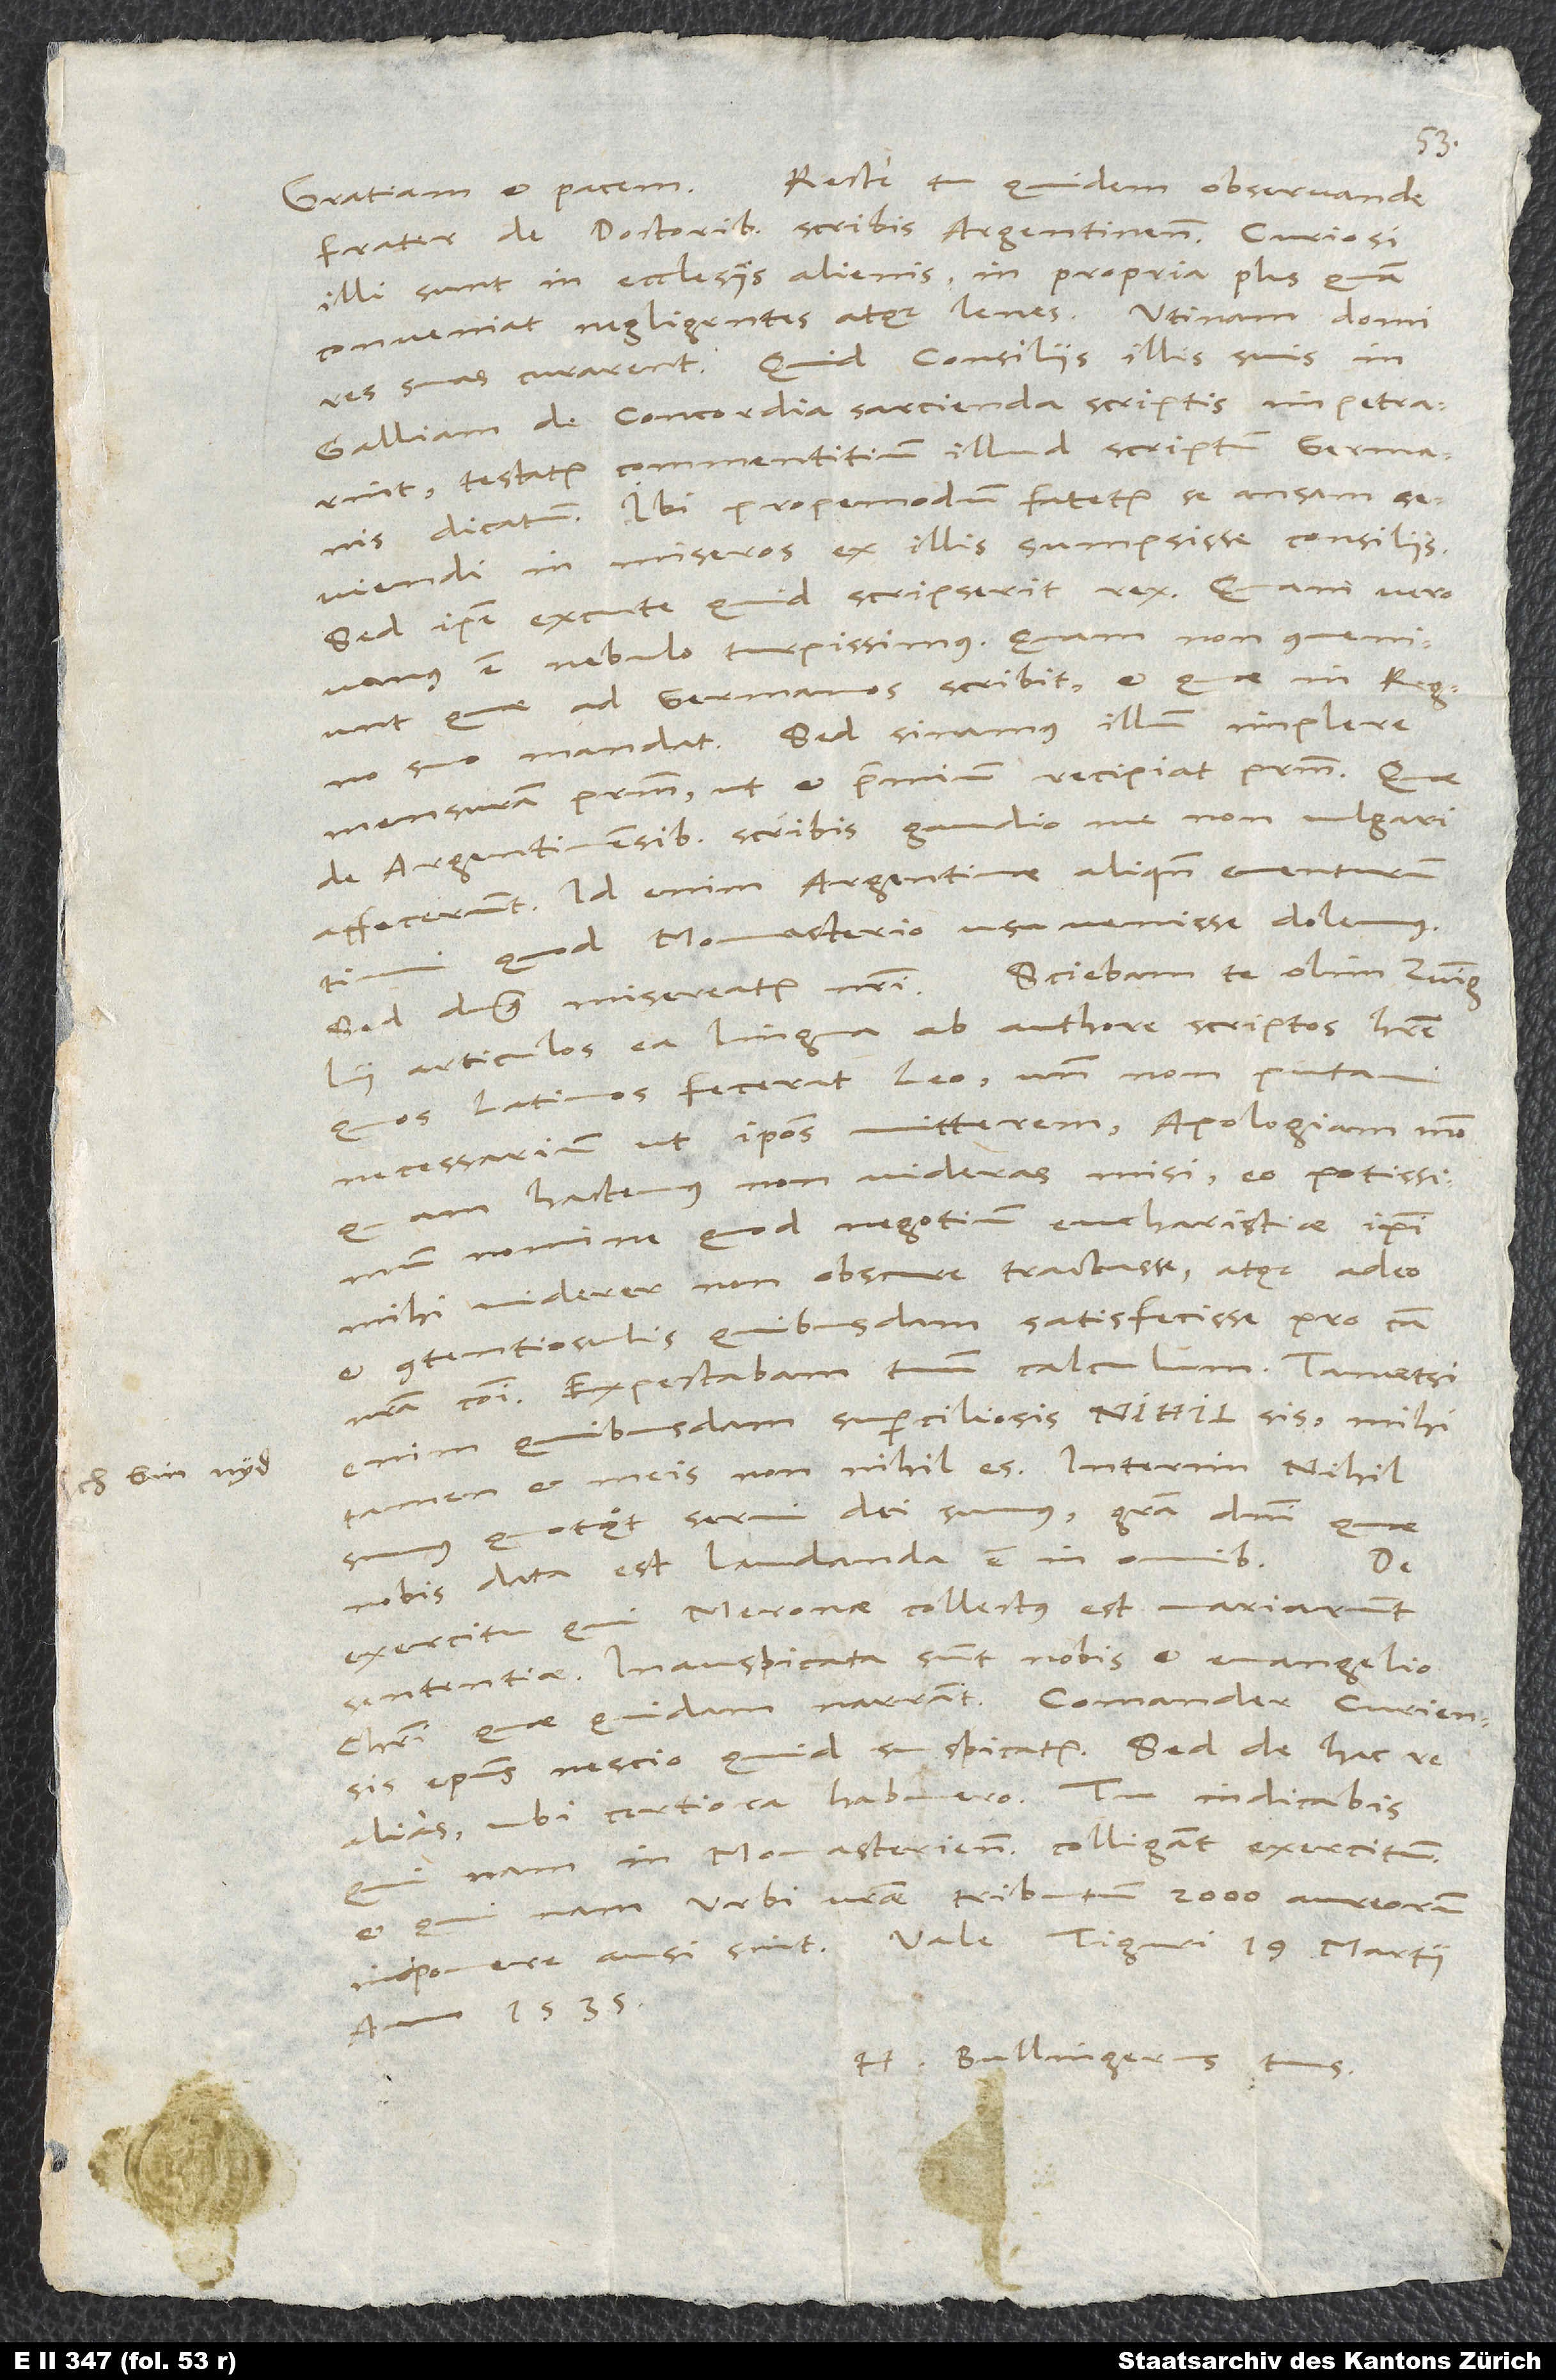
Recte tu quidem, observande
Gratiam et pacem.
frater, de doctoribus scribis Argentinensibus. Curiosi
illi sunt in ecclesiis alienis, in propria plus, quam
conveniat, negligentes atque lenes. Utinam domi
res suas curarent! Quid consiliis illis suis in
Galliam de concordia sarcienda scriptis impetrarint,
testatur commentitium illud scriptum Germanis
dicatum. Ibi propemodum fatetur se ansam
seviendi in miseros ex illis sumpsisse consiliis.
Sed ipse excute, quid scripserit rex. Quam vero
vanus est nebulo turpissimus! Quam non conveniunt,
quae ad Germanos scribit et quae in regno
suo mandat! Sed sinamus illum implere
mensuram patrum, ut et praemium recipiat patrum.
de Argentinensibus scribis, gaudio me non vulgari
affecerunt. Id enim Argentinae aliquando eventurum
quod Monasterio usu venisse dolemus.
Sciebam te olim Zvinglii
Sed dominus misereatur nostri.
articulos ea lingua ab authore scriptos habere,
quos latinos fecerat Leo, unde non putavi
necessarium, ut ipsos mitterem. Apologiam modo,
quam hactenus non videras, misi, eo potissimum
nomine, quod negotium eucharistiae ipsi
mihi viderer non obscure tractasse atque adeo
et contentiosulis quibusdam satisfecisse pro causa
nostra communi. Expectabam tuum calculum.
enim quibusdam superciliosis "nihil" sis, mihi
tamen et meis non nihil es. Interim nihil
quotquot servi dei sumus. Gratia domini, quae
De
nobis data est, laudanda est in omnibus.
exercitu, qui Meronae collectus est, variarunt
sententiae. Inauspicata sunt nobis et evangelio
Christi, quae quidam narrant. Comander, Curiensis
episcopus, nescio quid suspicatur. Sed de hac re
in Monasterienses colligant exercitum,
et quinam urbi vestri tributum 2000 aureorum
anno 1535.
H. Bullingerus tuus.